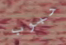
حبوب